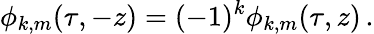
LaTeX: \phi_{k,m}(\tau,-z)=(-1)^{k}\phi_{k,m}(\tau,z)\, .